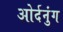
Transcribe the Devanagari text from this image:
ओर्दनुंग